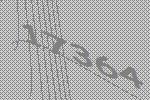
17364